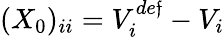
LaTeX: (X_{0})_{ii}=V_{i}^{de\mathfrak{f}}-V_{i}